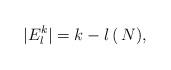
LaTeX: \begin{align*}|E^{k}_{l}|=k-l \,(\, N),\end{align*}